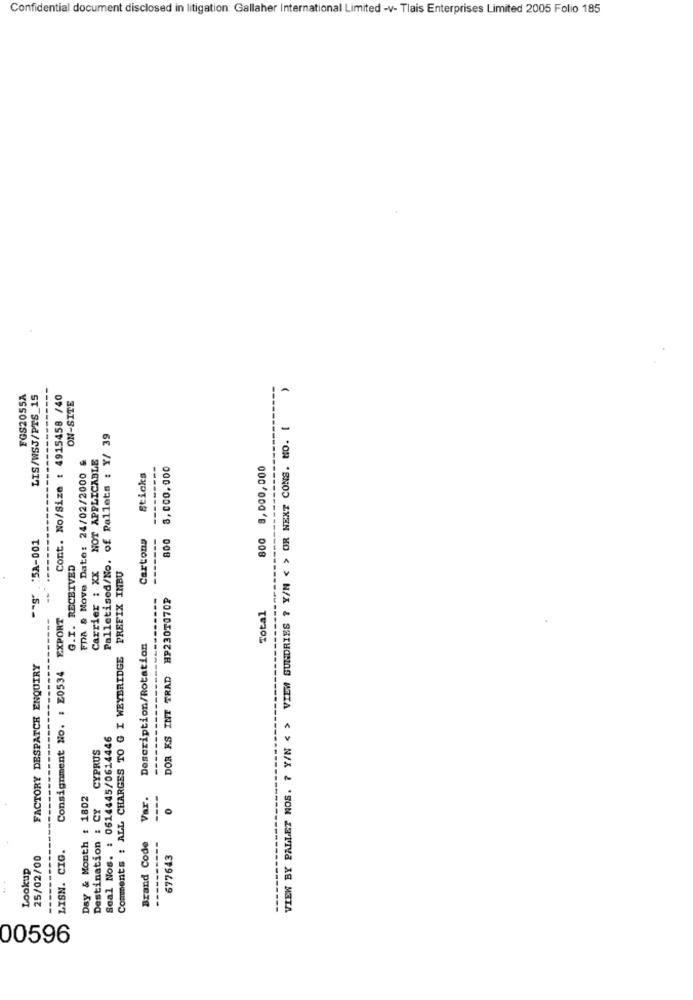
Confidential document disclosed in litigation: Gallaher International Limited -v- Tlais Enterprises Limited 2005 Folio 185
--------
--
FGS2055A
LIS/WSJ/PTS_15
Cont. No/Size : 4915458 /40
ON-SITE
A
VIEW BY PALLET NOS. ? Y/N < > VIEW GUNDRIES ? Y/N < > OR NEXT CONS. NO. [
Palletised/No. of Pallets : Y/ 39
NOT APPLICABLE
FDA # Move Date: 24/02/2000 &
8,000,000
800 8,000,000
Sticks
:SA-001
Cartons
800
G.I. RECEIVED
Carrier : XX
Comments : ALL CHARGES TO G I WEYBRIDGE PREFIX INBU
--
------
DOR KS INT TRAD HP230T070P
Consignment No. : E0534 EXPORT
Total
----
Description/Rotation
FACTORY DESPATCH ENQUIRY
Seal Nos. : 0614445/0614446
Destination : CY CYPRUS
Day & Month : 1802
Var.
Brand Code
25/02/00
LISN. CIG.
677643
Lookup
00596